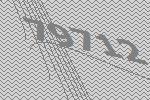
79712